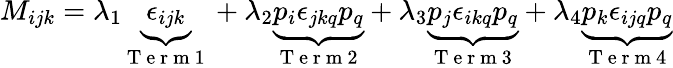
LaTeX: M_{ijk}=\lambda_{1}\underbrace{\epsilon_{ijk}}_{\mathrm{~T~e~r~m~1~}}+\lambda_{2}\underbrace{p_{i}\epsilon_{jkq}p_{q}}_{\mathrm{~T~e~r~m~2~}}+\lambda_{3}\underbrace{p_{j}\epsilon_{ikq}p_{q}}_{\mathrm{~T~e~r~m~3~}}+\lambda_{4}\underbrace{p_{k}\epsilon_{ijq}p_{q}}_{\mathrm{~T~e~r~m~4~}}